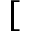
[